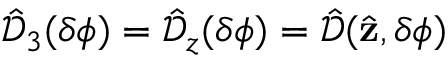
\hat { \mathcal { D } } _ { 3 } ( \delta \phi ) = \hat { \mathcal { D } } _ { z } ( \delta \phi ) = \hat { \mathcal { D } } ( \hat { \bf z } , \delta \phi )